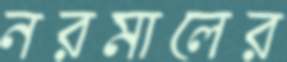
নরমালের